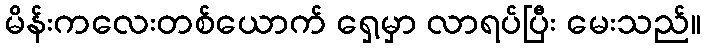
မိန်းကလေးတစ်ယောက် ရှေ့မှာ လာရပ်ပြီး မေးသည်။